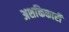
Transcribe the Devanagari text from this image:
अशक्तिकारी